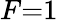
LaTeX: F{=}1